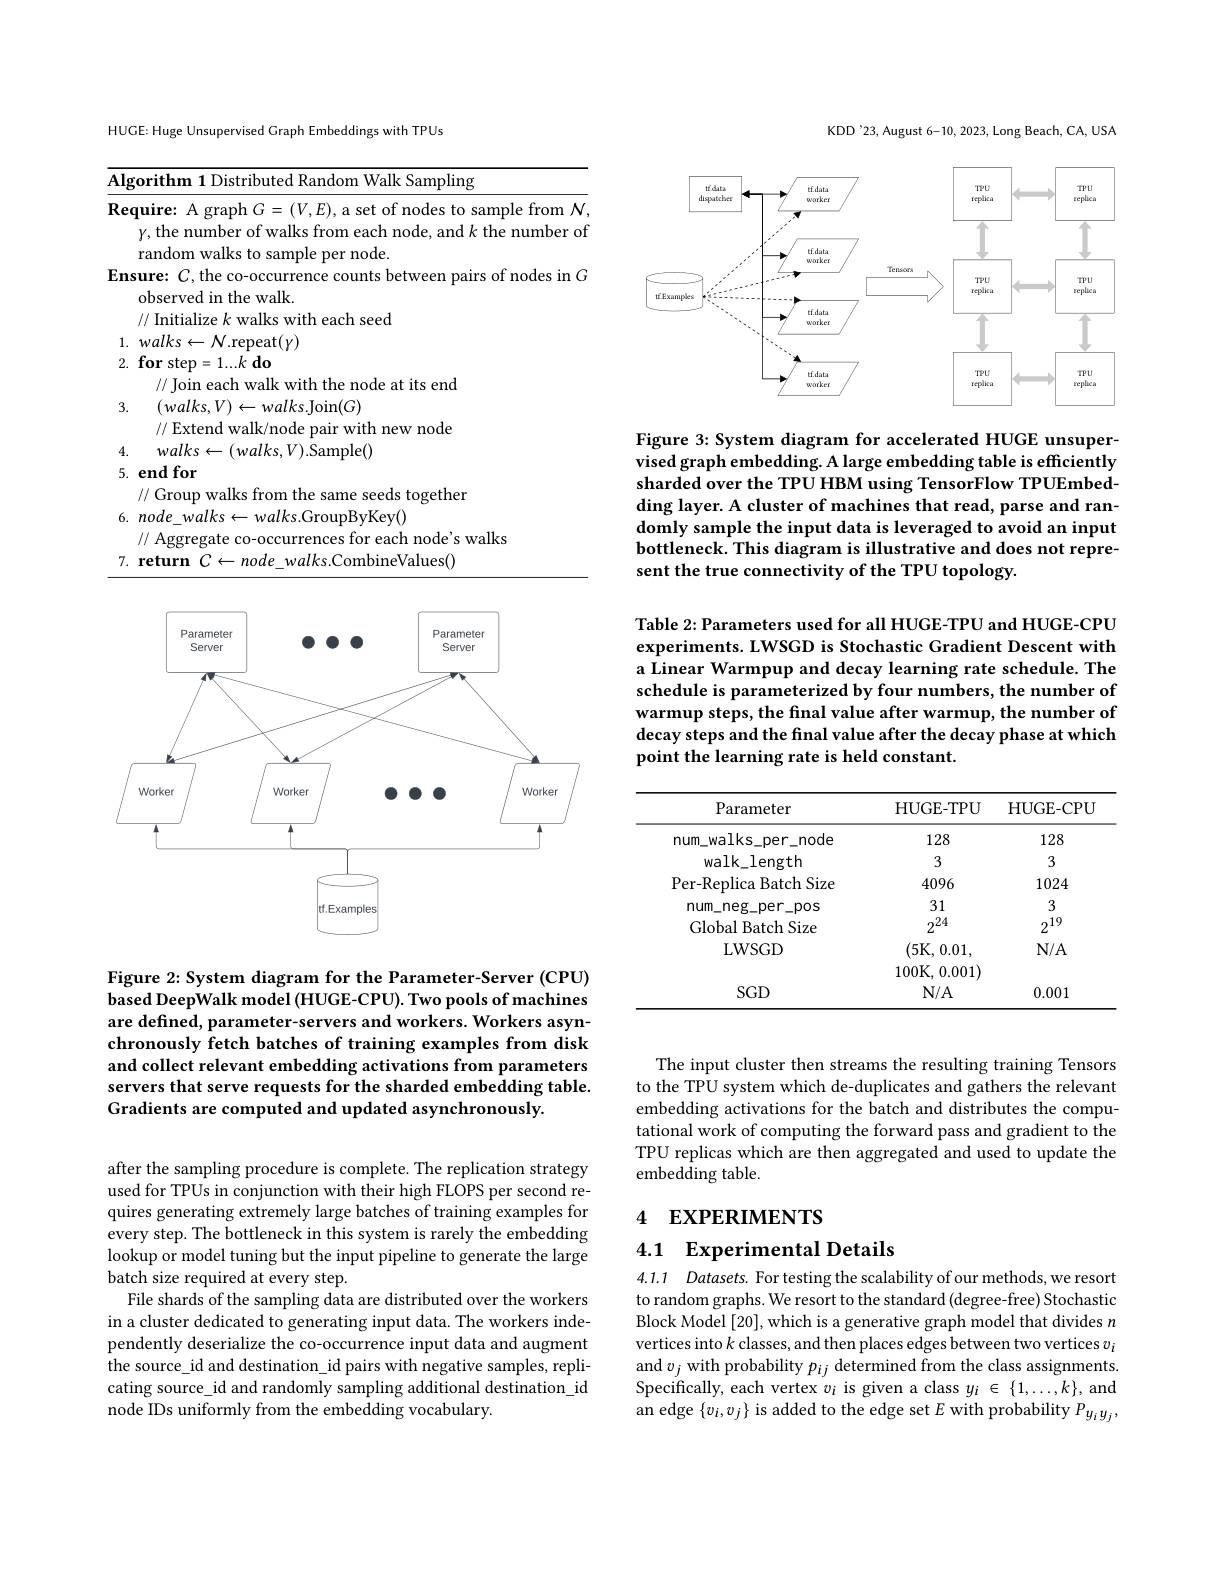
HUGE: Huge Unsupervised Graph Embeddings with TPUs

<table>
	<tbody>
		<tr>
			<th>$Al_{\xi}$</th>
			<th>gorithm 1 Distributed Random Walk Sampling</th>
		</tr>
		<tr>
			<td>$Re$</td>
			<td>$\textbf{quire: A graph }G= ( V, E) $,a set of nodes to sample from $N$ $\gamma$,the number of walks from each node, and $k$ the number of random walks to sample per node.</td>
		</tr>
		<tr>
			<td>$En$</td>
			<td>sure: $C$,the co-occurrence counts between pairs of nodes in G observed in the walk seed</td>
		</tr>
		<tr>
			<td>3.</td>
			<td>$(walks,V)\leftarrow walks.$Join$(G)$</td>
		</tr>
		<tr>
			<td>4. 1</td>
			<td>Samnle(N</td>
		</tr>
		<tr>
			<td>5.</td>
			<td>$\mathbf{em}($ 01</td>
		</tr>
		<tr>
			<td>6.</td>
			<td>// Group walks from the same seeds together $node~walks\leftarrow walks.$GroupByKey()</td>
		</tr>
		<tr>
			<td>7.</td>
			<td>// Aggregate co-occurrences for each node's walks return C-node $\approx walks.$CombineValues()</td>
		</tr>
	</tbody>
</table>

<FigureHere>

Figure 2: System diagram for the Parameter-Server (CPU) based DeepWalk model (HUGE-CPU). Two pools of machines are defined, parameter-servers and workers. Workers asynchronously fetch batches of training examples from disk and collect relevant embedding activations from parameters servers that serve requests for the sharded embedding table. Gradients are computed and updated asynchronously.

after the sampling procedure is complete. The replication strategy used for TPUs in conjunction with their high FLOPS per second requires generating extremely large batches of training examples for every step. The bottleneck in this system is rarely the embedding lookup or model tuning but the input pipeline to generate the large batch size required at every step.
File shards of the sampling data are distributed over the workers in a cluster dedicated to generating input data. The workers independently deserialize the co-occurrence input data and augment the source\_id and destination\_id pairs with negative samples, replicating source\_id and randomly sampling additional destination\_id node IDs uniformly from the embedding vocabulary.

KDD'23, August 6-10, 2023, Long Beach, CA, USA

<FigureHere>

Figure 3: System diagram for accelerated HUGE unsupervised graph embedding. A large embedding table is efficiently sharded over the TPU HBM using TensorFlow TPUEmbedding layer. A cluster of machines that read, parse and randomly sample the input data is leveraged to avoid an input bottleneck. This diagram is illustrative and does not represent the true connectivity of the TPU topology.

Table 2: Parameters used for all HUGE-TPU and HUGE-CPU experiments. LWSGD is Stochastic Gradient Descent with a Linear Warmpup and decay learning rate schedule. The schedule is parameterized by four numbers, the number of warmup steps, the final value after warmup, the number of decay steps and the final value after the decay phase at which point the learning rate is held constant.

<table>
	<tbody>
		<tr>
			<th>Parameter</th>
			<th>HUGE- TPU</th>
			<th>HUGE- CPU</th>
		</tr>
		<tr>
			<td>$num\_walks\_per\_node$</td>
			<td>128</td>
			<td>128</td>
		</tr>
		<tr>
			<td>walk_length</td>
			<td>3</td>
			<td>3</td>
		</tr>
		<tr>
			<td>Per-Replica Batch Size</td>
			<td>4096</td>
			<td>1024</td>
		</tr>
		<tr>
			<td>$num\_neg\_per\_pos$</td>
			<td>31</td>
			<td>3</td>
		</tr>
		<tr>
			<td>Global Batch Size</td>
			<td>$2^{24}$</td>
			<td>$2^{19}$</td>
		</tr>
		<tr>
			<td>LWSGD</td>
			<td>(5K,0.01, 100K.0.001)</td>
			<td>$N/A$</td>
		</tr>
		<tr>
			<td>$SGD$</td>
			<td>$N/A$</td>
			<td>0.001</td>
		</tr>
	</tbody>
</table>

The input cluster then streams the resulting training Tensors to the TPU system which de-duplicates and gathers the relevant embedding activations for the batch and distributes the computational work of computing the forward pass and gradient to the TPU replicas which are then aggregated and used to update the embedding table.

# 4 EXPERIMENTS

4.1 Experimental Details

4.1.1 Datasets. For testing the scalability of our methods, we resort to random graphs. We resort to the standard (degree-free) Stochastic Block Model [20], which is a generative graph model that divides $n$ vertices into $k$ classes, and then places edges between two vertices $v_i$ and $v_j$ with probability $p_{ij}$ determined from the class assignments. Specifically, each vertex $v_i$ is given a class $y_i\in\{1,\ldots,k\}$, and an edge $\{v_i,v_j\}$ is added to the edge set $E$ with probability $P_{y_i}y_j$,